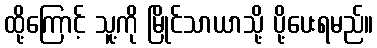
ထို့ကြောင့် သူ့ကို မြိုင်သာယာသို့ ပို့ပေးရမည်။